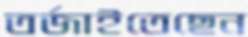
তর্জাইতেছেন